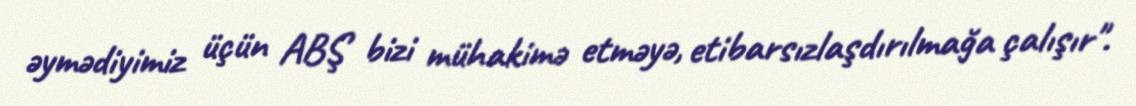
əymədiyimiz üçün ABŞ bizi mühakimə etməyə, etibarsızlaşdırılmağa çalışır".